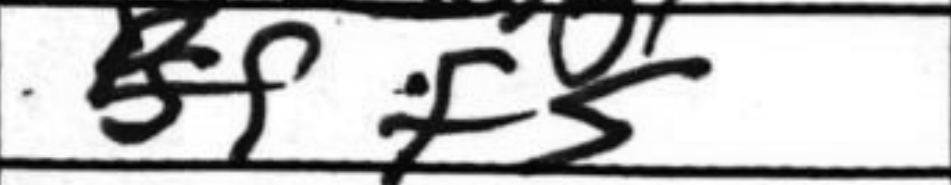
Transcription: f5